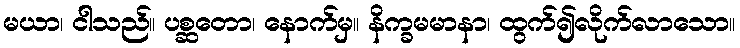
မယာ၊ ငါသည်။ ပစ္ဆတော၊ နောက်မှ။ နိက္ခမမာနာ၊ ထွက်၍လိုက်လာသော။